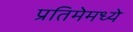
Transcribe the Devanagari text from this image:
प्रतिमेमध्ये